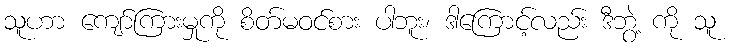
သူဟာ ကျော်ကြားမှုကို စိတ်မဝင်စား ပါဘူး၊ ဒါကြောင့်လည်း ဒီဘွဲ့ ကို သူ